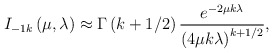
\begin{align*}I_{-1k}\left( \mu ,\lambda \right) \approx \Gamma \left( k+1/2\right) \frac{e^{-2\mu k\lambda }}{\left( 4\mu k\lambda \right) ^{k+1/2}},\end{align*}